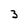
Character: 3